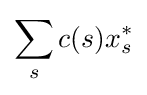
\sum _{s}c(s)x_{s}^{*}